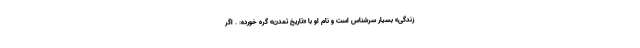
زندگی» بسیار سرشناس است و نام او با «تاریخ تمدن» گره خورده: . اگر